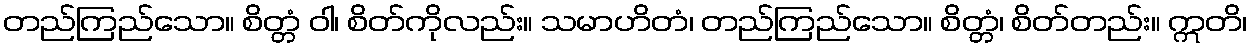
တည်ကြည်သော။ စိတ္တံ ဝါ၊ စိတ်ကိုလည်း။ သမာဟိတံ၊ တည်ကြည်သော။ စိတ္တံ၊ စိတ်တည်း။ ဣတိ၊